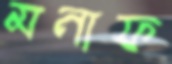
মনাফ